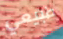
طبيعي